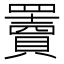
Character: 𦌷